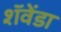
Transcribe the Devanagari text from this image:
शॅवेंडा